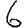
Digit: 6